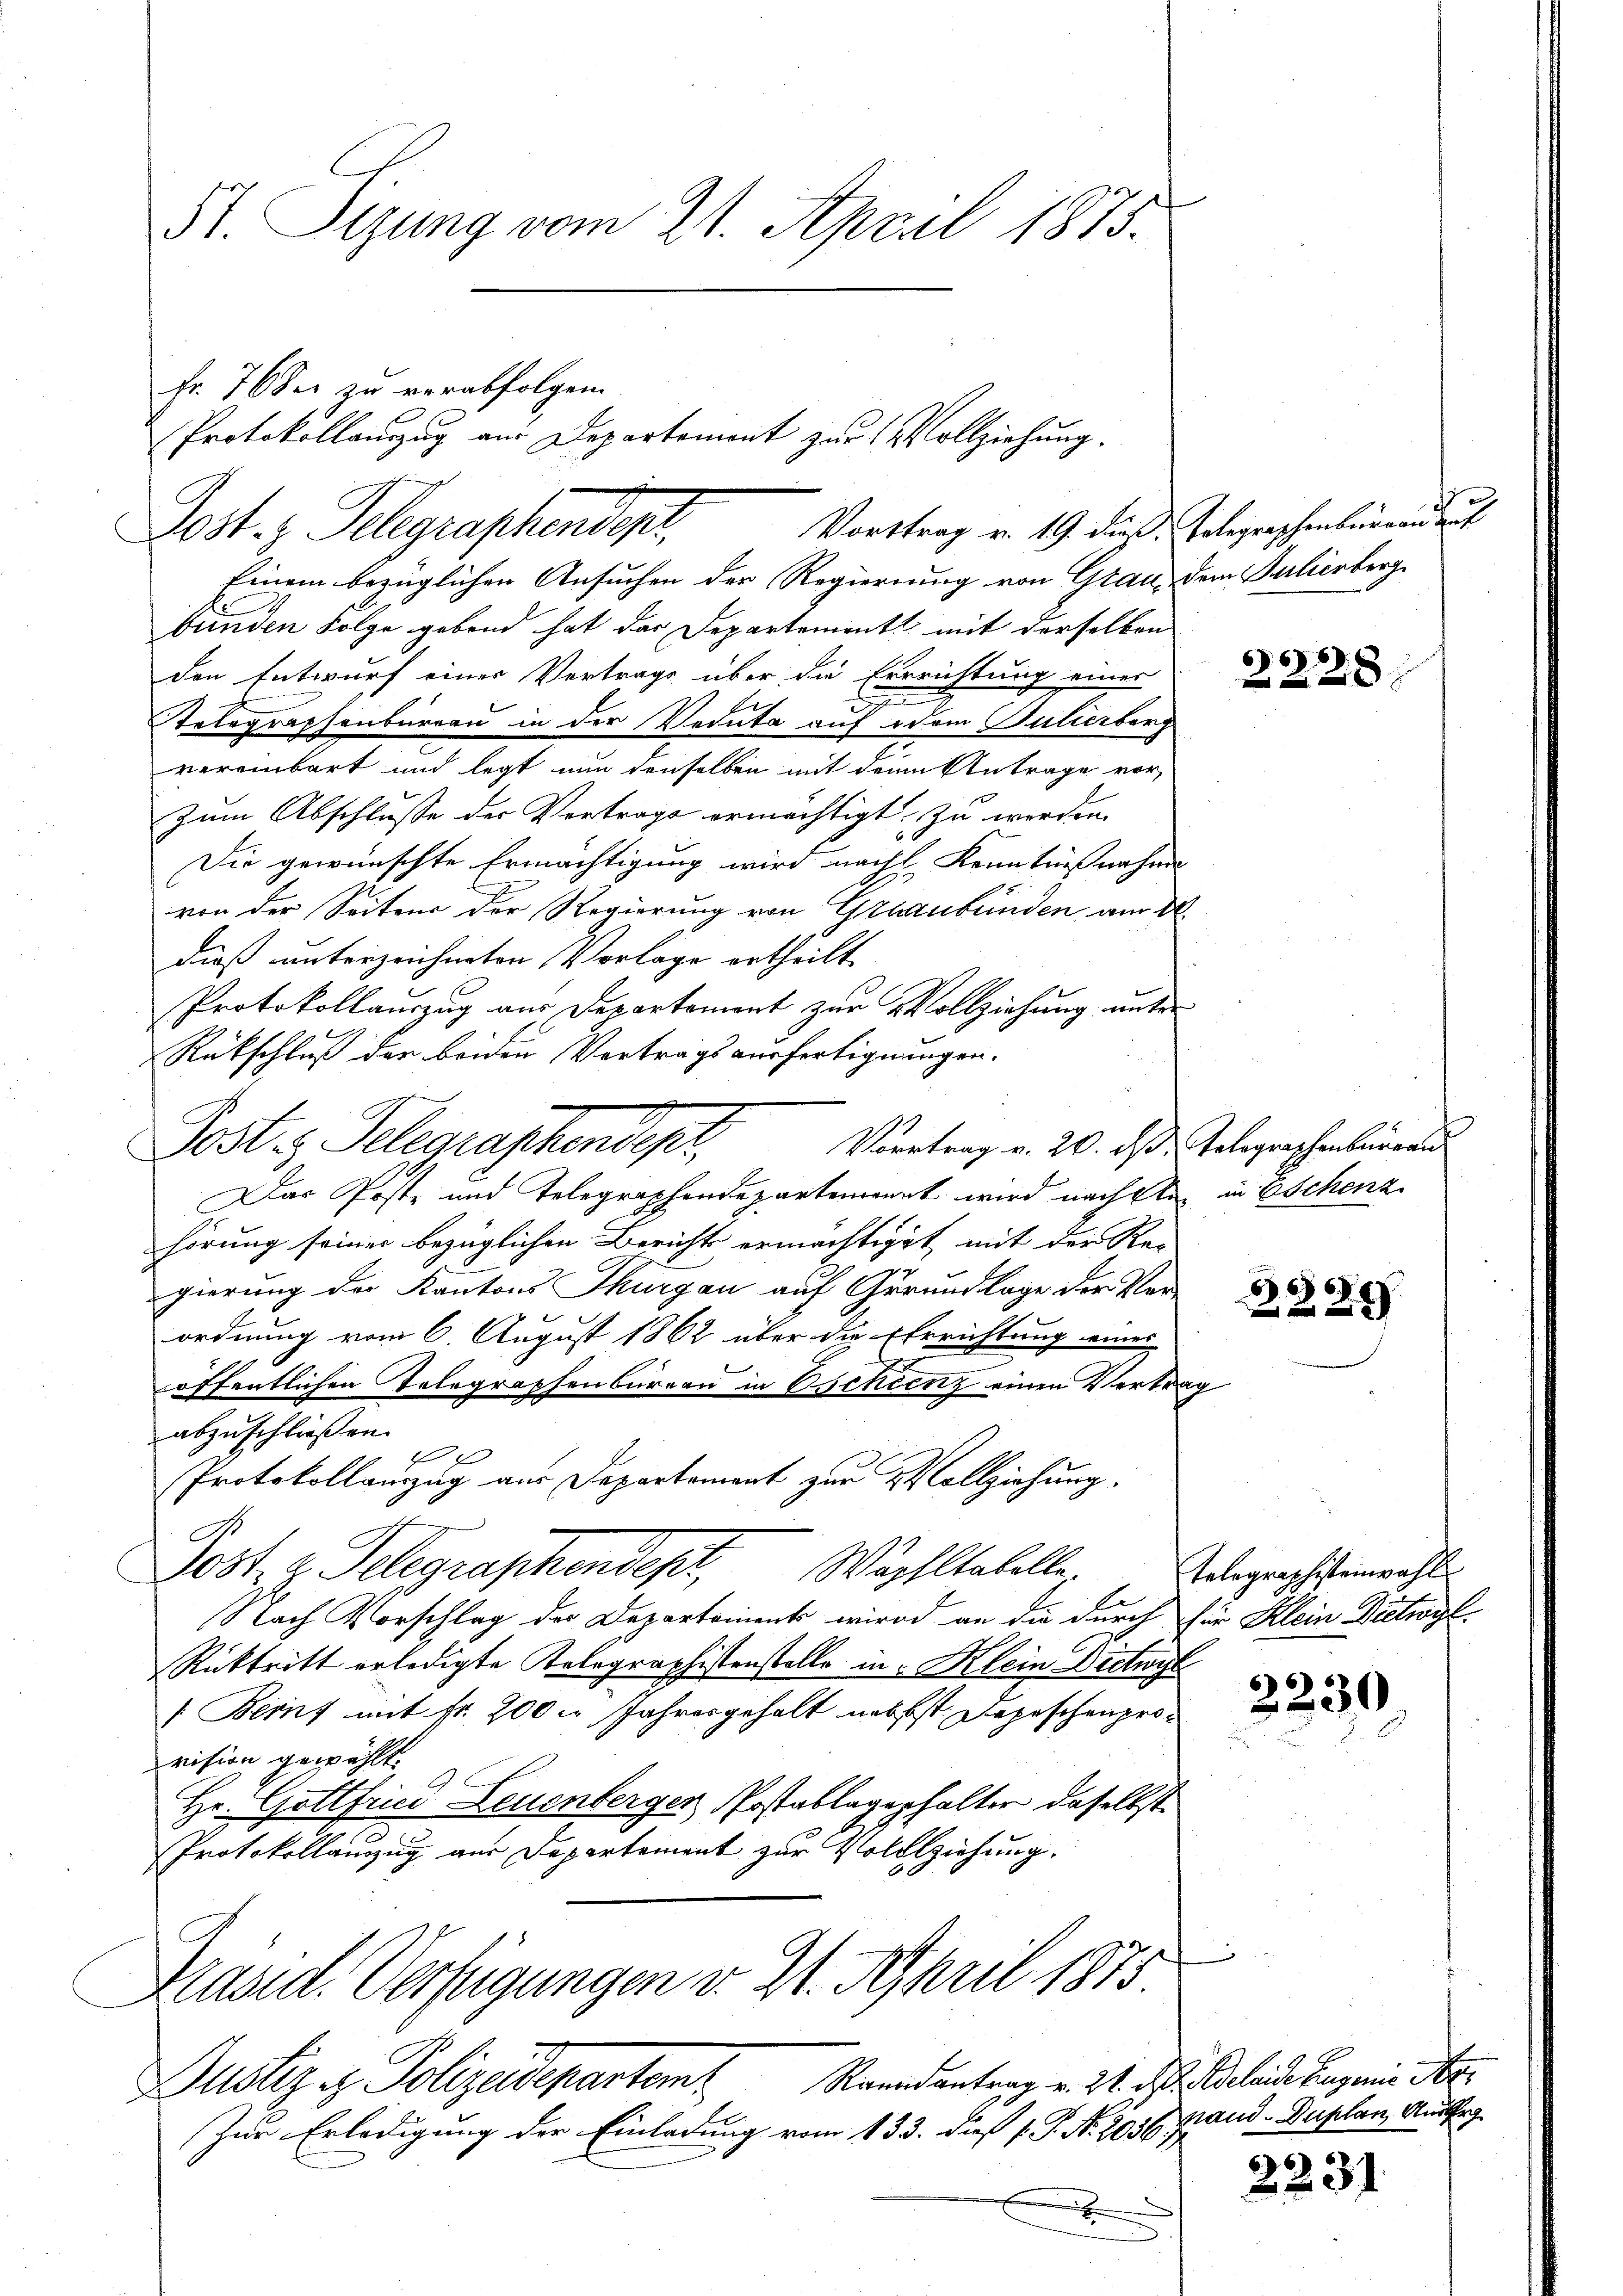
51. Sizung vom 21. April 1875.

Einem bezüglichen Ansuchen der Regierung von Grau, dem Julierberg
bunden Folge gebend hat das Departement mit derselben
den Entwurf einer Vertrags über die Errrichtung einer
Telegraphenbureau in der Vernte auf dem Bulierberg
vereinbart und legt nun denselben mit dem Antrage vor-
zum Abschlusse der Vortrage ermächtigt zu werden.
Die gewünschte Ermächtigung wird nachl Kenntnißnahme
von der Seitens der Regierung von Graubünden am 2
dieß unterzeichneten Vorlage ertheilt.
Protokollauszug aus Departement zur Vollziehung unter
Rütschluß der beiden Vertrags ausfertignungen.
Vortrag v. 20. ds. Telegraphenburgau
Das Poste und Telegraphendepartenannt wird nach den in Eschenz
hörung seiner bezüglichen Berichts ermächtiget, mit der Re-
gierung der Kantons Thurgau auf Grundlage der Ver-
ordnung vom 6. August 1862 über die Errichtung eines
öffentlichen Telegraphenbureau in Oschienz einen Vertrag
abzuschließen.
t
Protokollauszug aus Departement zur Vollziehung.
Post, z. Telegraphendept, Wächltabelle.
Nach Vorschlag der Departement wird an die durch für Klein Dichogl¬
Rücktritt erledigte Kolographistenstelle in Klein Dietwyl
/Beruf mit Fr. 200 Jahresgehalt nebst Depeschenprovision gewählt.
Hr. Gottfind Leuenberger Postablagerhalter daselbst
Protokollanzug aus Departement zur Vollziehung.

Fr. 76 der zu verabfolgen.
Vorttrag v. 19. dieß Telegraschenbergange
Post. z. Telegraphendepr

Protokollanzug aus Departemont zur Vollziehung.

Post Telegraphendept,

Präsid. Verfügungen v. 21. April 1875
Justiz & Polizeidepartemt Raandantrag v. 21. ds. Abende Gegenie der

Zur Erledigung der Einladung vom 133. dieß (. P. N. 2036;
.

668
228

666
2

Telegraphistenwahl

2230

nand. Duplan Aus

2231

u